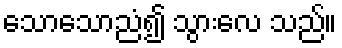
သောသောညံ၍ သွားလေ သည်။